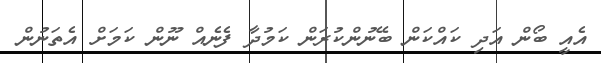
އެއީ ބޯން އަދި ކައްކަން ބޭނުންކުރަން ކަމުދާ ފެނެއް ނޫން ކަމަށް އެތަނުން